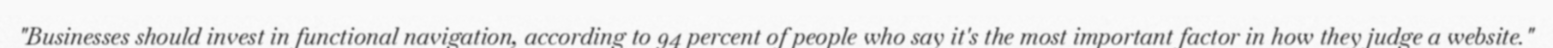
"Businesses should invest in functional navigation, according to 94 percent of people who say it's the most important factor in how they judge a website."